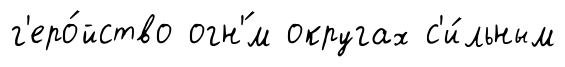
г'еро́йство огн'́м округах с'и́льным